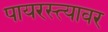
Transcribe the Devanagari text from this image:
पायरस्त्यावर